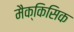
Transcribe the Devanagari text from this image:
मैक्किसिक